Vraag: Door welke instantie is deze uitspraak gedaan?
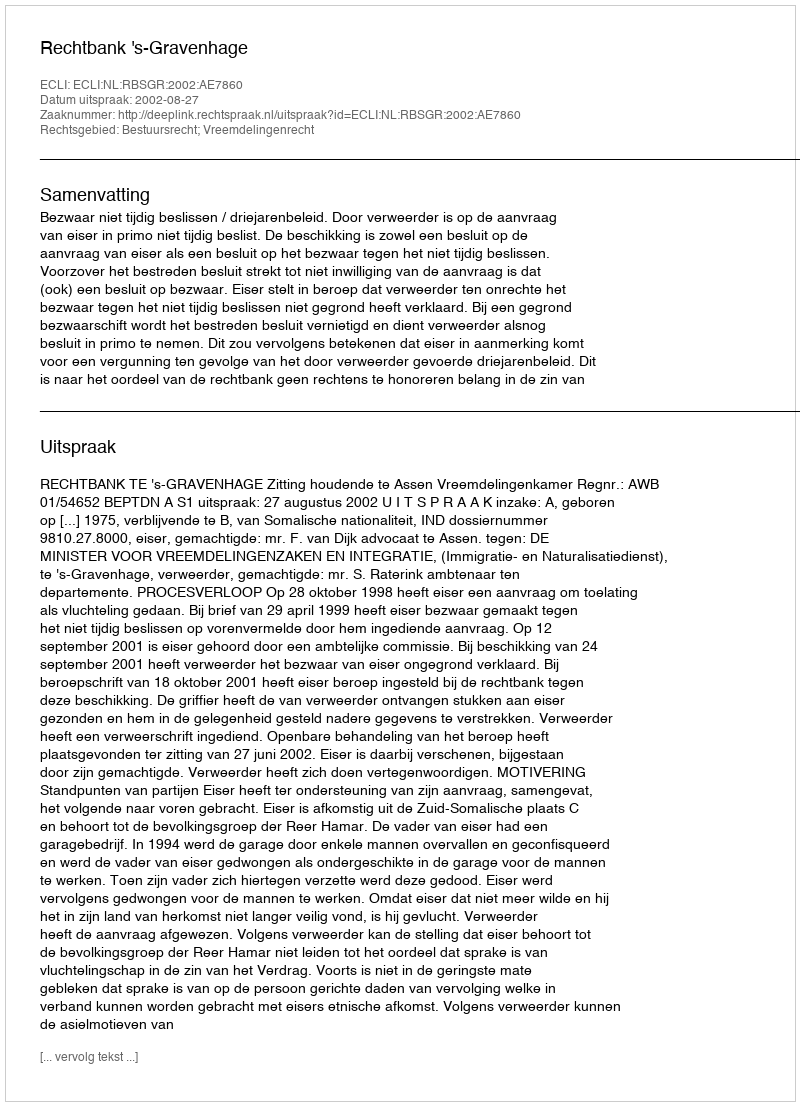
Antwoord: Rechtbank 's-Gravenhage